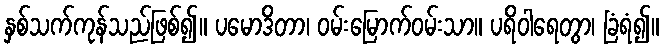
နှစ်သက်ကုန်သည်ဖြစ်၍။ ပမောဒိတာ၊ ဝမ်းမြောက်ဝမ်းသာ။ ပရိဝါရေတွာ၊ ခြံရံ၍။